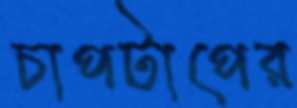
চাপটাপের